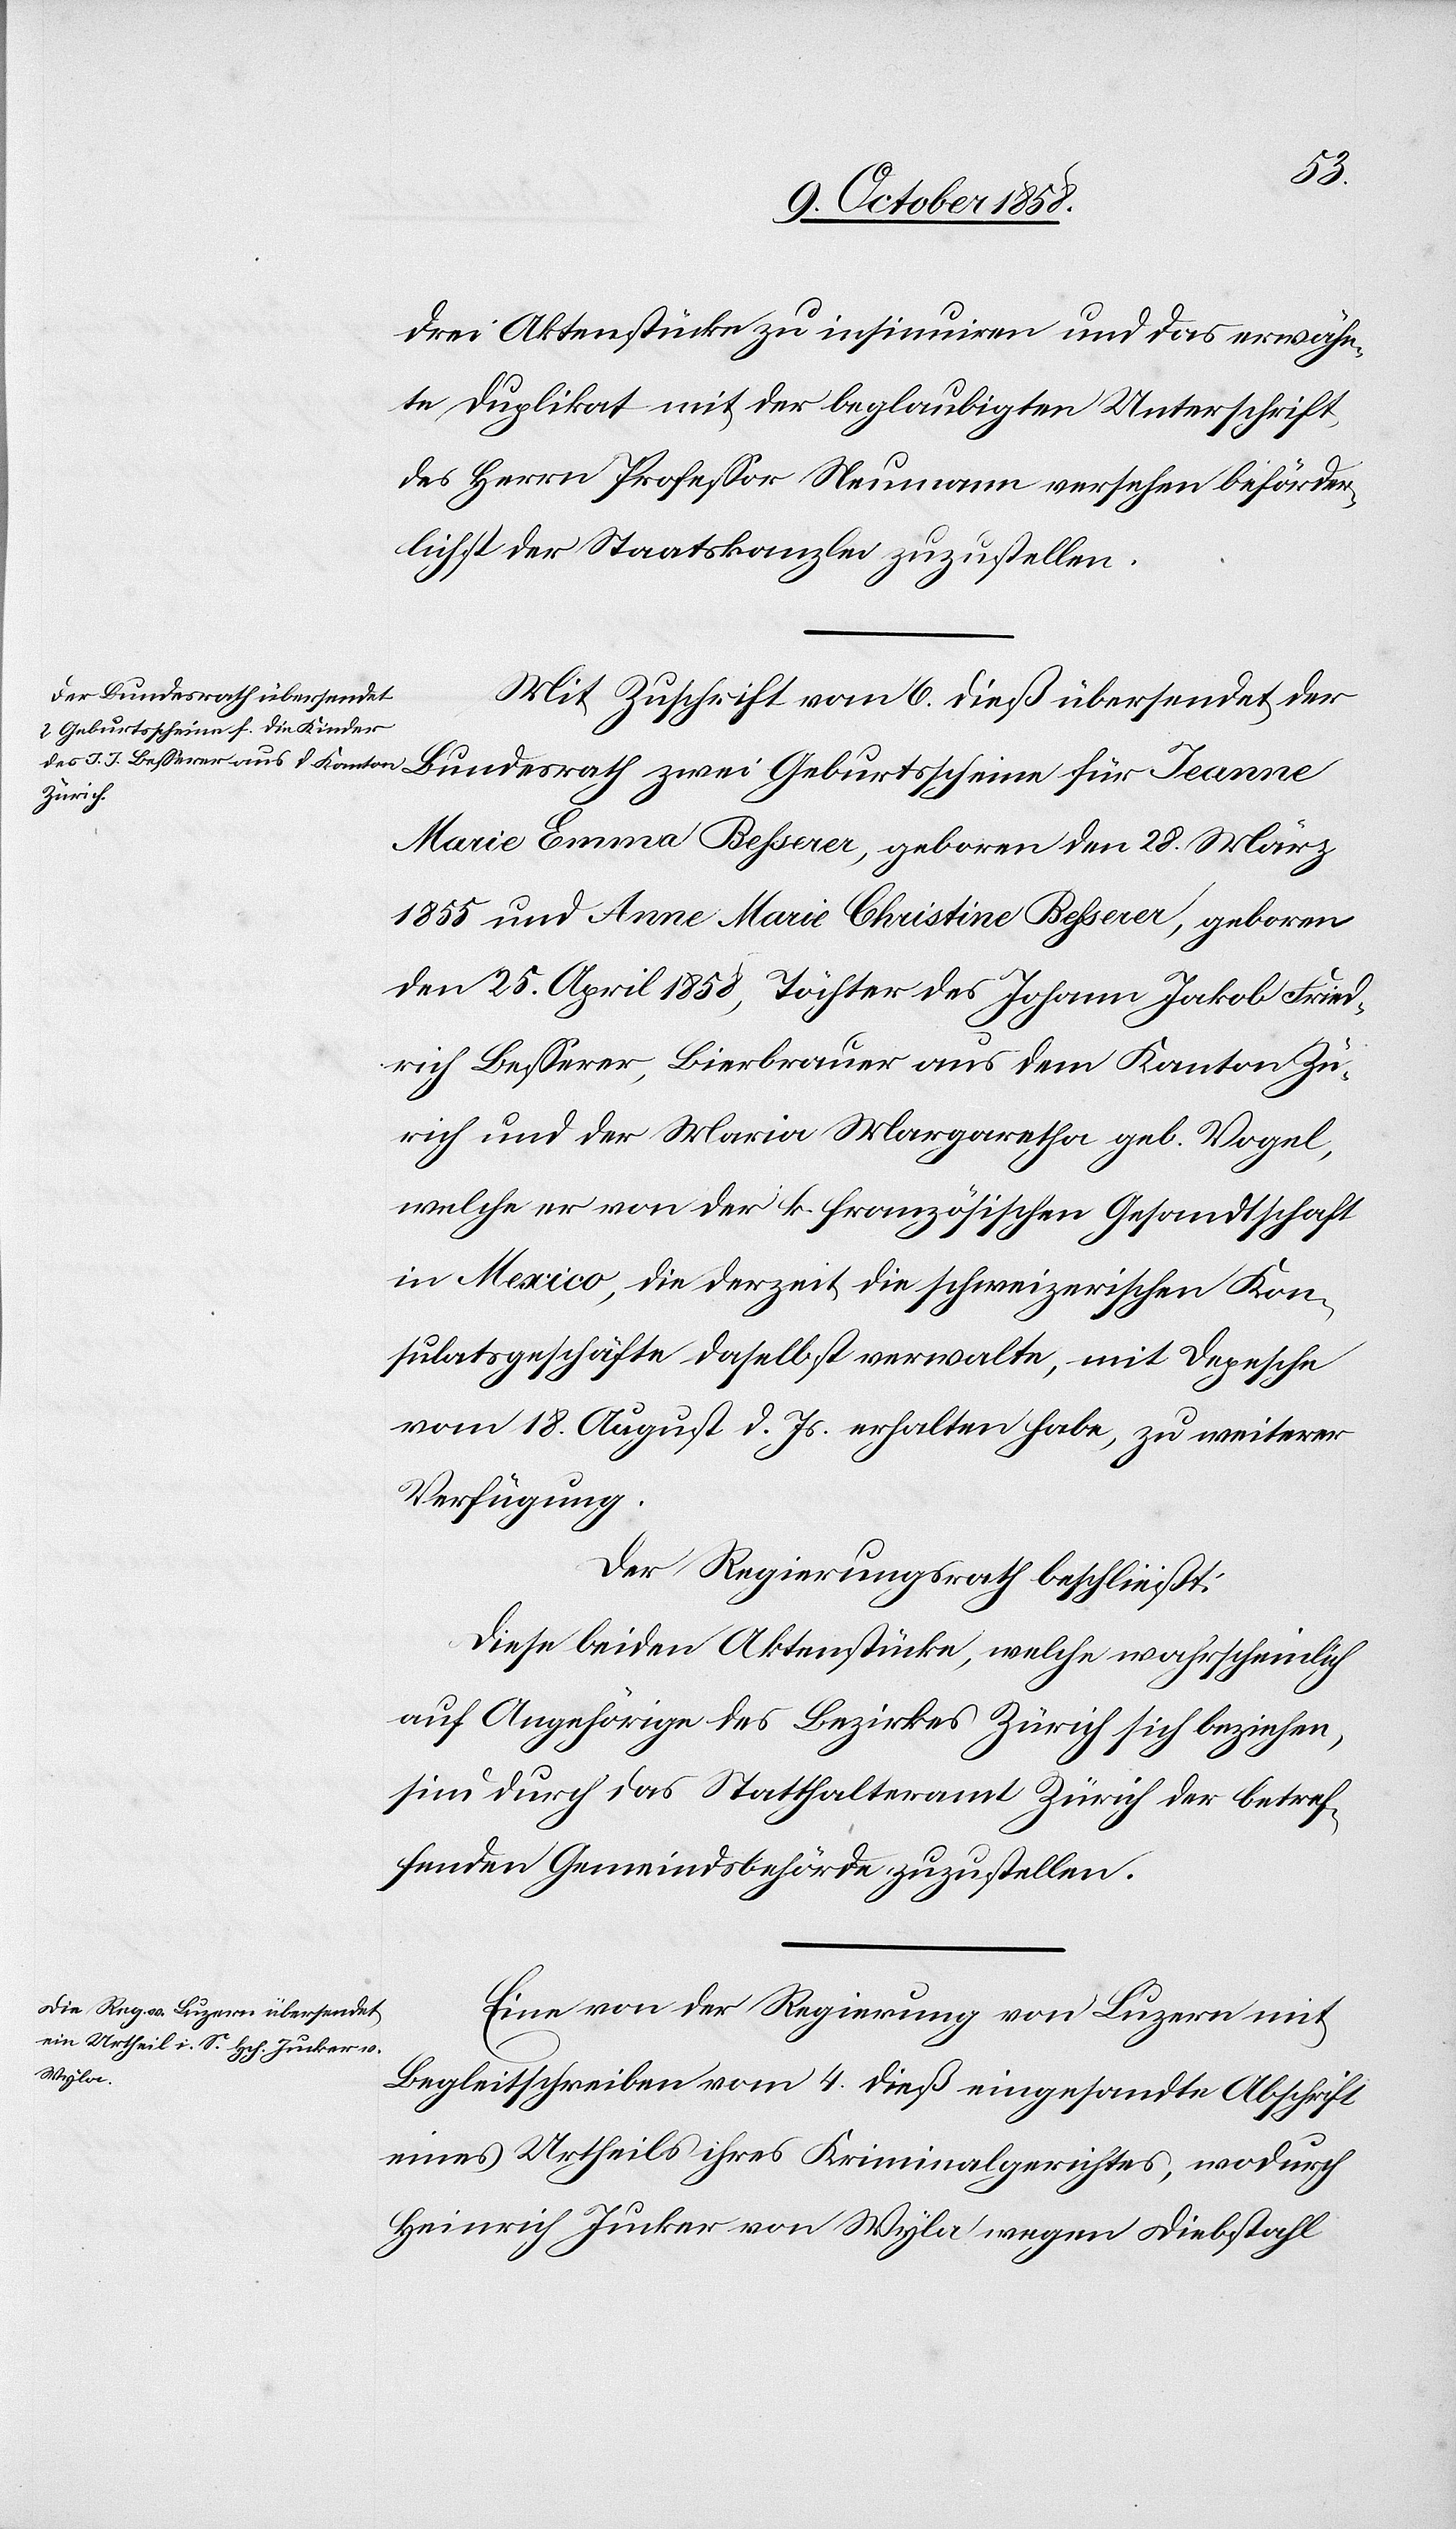
drei Aktenstücke zu insinuiren und das erwähn¬
te Duplikat mit der beglaubigten Unterschrift
des Herrn Professor Neumann versehen beförder¬
lichst der Staatskanzlei zuzustellen.
Mit Zuschrift vom 6. dieß übersendet der
Marie Emma Besserer, geboren den 28. März
1855 und Anne Marie Christine Besserer, geboren
den 25. April 1858, Töchter des Johann Jakob Fried¬
rich Besserer, Bierbrauer aus dem Kanton Zü¬
rich und der Maria Margaretha geb. Vogel,
welche er von der k. französischen Gesandtschaft
in Mexico, die derzeit die schweizerischen Kon¬
sulatsgeschäfte daselbst verwalte, mit Depesche
vom 18. August d. Js. erhalten habe, zu weiterer
Verfügung.
Der Regierungsrath beschließt:
Diese beiden Aktenstücke, welche wahrscheinlich
auf Angehörige des Bezirkes Zürich sich beziehen,
sind durch das Statthalteramt Zürich der betref¬
fenden Gemeindsbehörde zuzustellen.
Eine von der Regierung von Luzern mit
Begleitschreiben vom 4. dieß eingesandte Abschrift
eines Urtheils ihres Kriminalgerichtes, wodurch
Heinrich Jucker von Wyla wegen Diebstahl